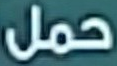
حمل